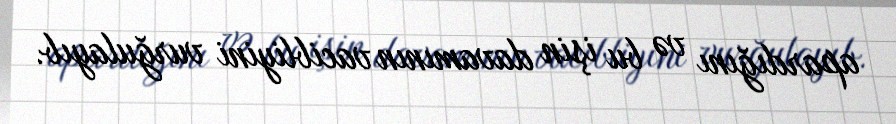
apardığını və bu işin davamının vacibliyini vurğulayıb.